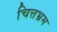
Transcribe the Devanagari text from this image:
चित्तभ्रम